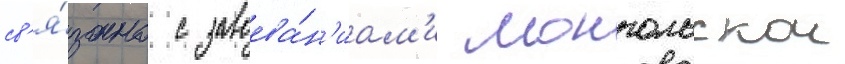
св'я́зано с завоева́н'иам'и монгольскои